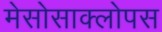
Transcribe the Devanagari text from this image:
मेसोसाक्लोपस